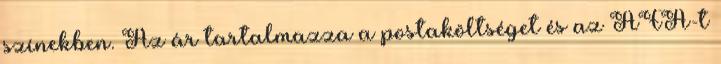
színekben. Az ár tartalmazza a postaköltséget és az ÁFA-t